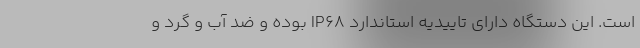
است. این دستگاه دارای تاییدیه استاندارد IP68 بوده و ضد آب و گرد و